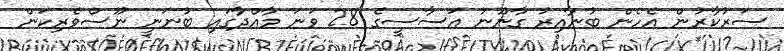
ސަރުކާރުން އެހެން ބުނާއިރު ގާނޫނު އަސާސީގެ 28 ވަނަ މާއްދާގައި ބުނަނީ ނޫސްވެރިކަން